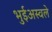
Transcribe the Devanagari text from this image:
भुईअस्वले